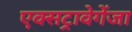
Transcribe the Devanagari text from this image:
एक्सट्रावेगेंजा